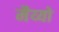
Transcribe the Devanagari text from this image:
मैय्यो